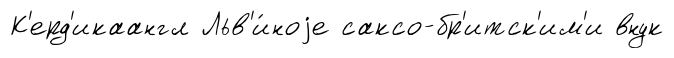
К'ерд'икаангл Льв'и́ноjе саксо-бр'итск'им'и внук